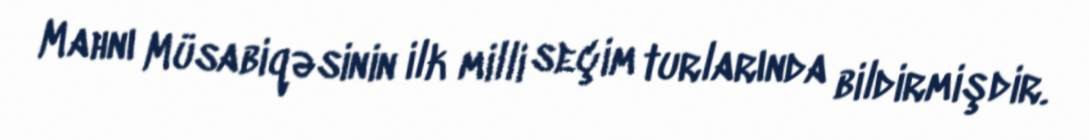
Mahnı Müsabiqəsinin ilk milli seçim turlarında bildirmişdir.